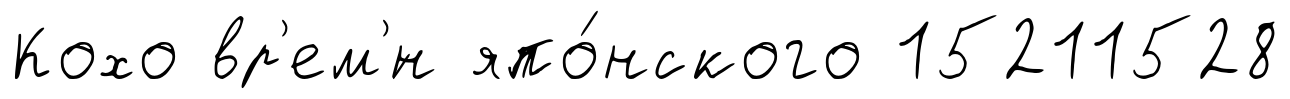
Кохо вр'ем'́н япо́нского 15211528